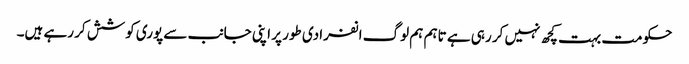
حکومت بہت کچھ نہیں کر رہی ہے تاہم ہم لوگ انفرادی طور پر اپنی جانب سے پوری کوشش کر رہے ہیں۔